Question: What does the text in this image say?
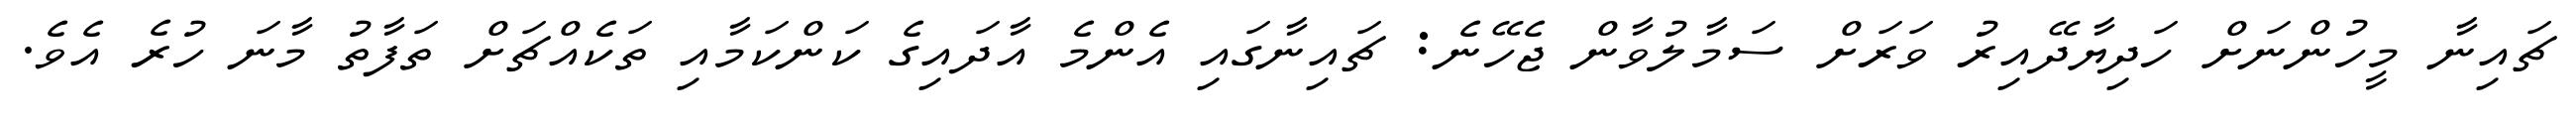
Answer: ޗައިނާ މީހުންނަށް ހަދިޔާދޭއިރު ވަރަށް ސަމާލުވާން ޖެހޭނެ: ޗައިނާގައި އެންމެ އާދައިގެ ކަންކަމާއި ތަކެއްޗަށް ތަފާތު މާނަ ހުރެ އެވެ.